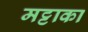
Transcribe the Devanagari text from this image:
मट्टाका